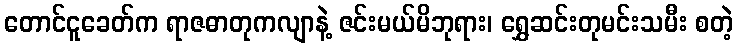
တောင်ငူခေတ်က ရာဇဓာတုကလျာနဲ့ ဇင်းမယ်မိဘုရား၊ ရွှေဆင်းတုမင်းသမီး စတဲ့